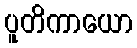
ပူတိကာယော